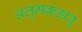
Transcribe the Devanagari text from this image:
अलुमकडावू